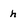
Character: h